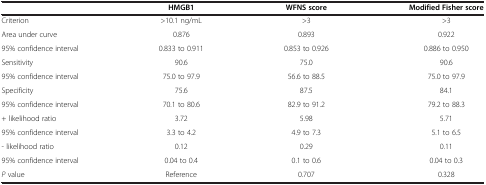
<table><thead><tr><td><b> </b></td><td><b>HMGB1</b></td><td><b>WFNS score</b></td><td><b>Modified Fisher score</b></td></tr></thead><tbody><tr><td>Criterion</td><td>&gt;10.1 ng/mL</td><td>&gt;3</td><td>&gt;3</td></tr><tr><td>Area under curve</td><td>0.876</td><td>0.893</td><td>0.922</td></tr><tr><td>95% confidence interval</td><td>0.833 to 0.911</td><td>0.853 to 0.926</td><td>0.886 to 0.950</td></tr><tr><td>Sensitivity</td><td>90.6</td><td>75.0</td><td>90.6</td></tr><tr><td>95% confidence interval</td><td>75.0 to 97.9</td><td>56.6 to 88.5</td><td>75.0 to 97.9</td></tr><tr><td>Specificity</td><td>75.6</td><td>87.5</td><td>84.1</td></tr><tr><td>95% confidence interval</td><td>70.1 to 80.6</td><td>82.9 to 91.2</td><td>79.2 to 88.3</td></tr><tr><td>+ likelihood ratio</td><td>3.72</td><td>5.98</td><td>5.71</td></tr><tr><td>95% confidence interval</td><td>3.3 to 4.2</td><td>4.9 to 7.3</td><td>5.1 to 6.5</td></tr><tr><td>- likelihood ratio</td><td>0.12</td><td>0.29</td><td>0.11</td></tr><tr><td>95% confidence interval</td><td>0.04 to 0.4</td><td>0.1 to 0.6</td><td>0.04 to 0.3</td></tr><tr><td><i>P</i> value</td><td>Reference</td><td>0.707</td><td>0.328</td></tr></tbody></table>